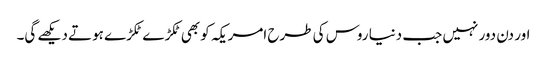
اور دن دور نہیں جب دنیا روس کی طرح امریکہ کو بھی ٹکڑ ے ٹکڑے ہوتے دیکھے گی۔